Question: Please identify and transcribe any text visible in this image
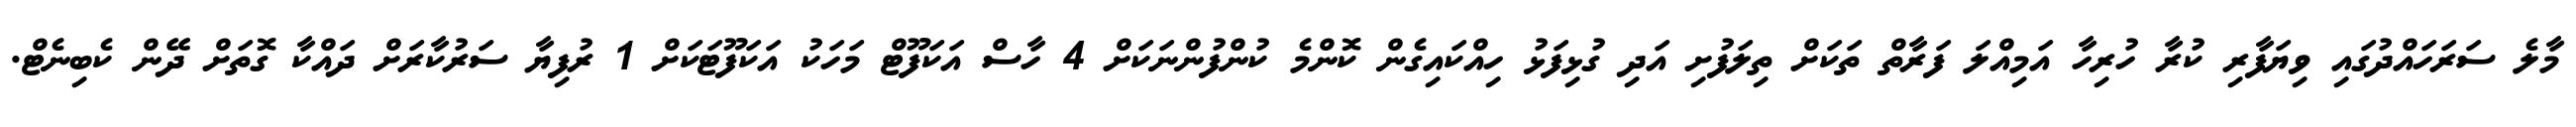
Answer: މާލެ ސަރަހައްދުގައި ވިޔަފާރި ކުރާ ހުރިހާ އަމިއްލަ ފަރާތް ތަކަށް ތިލަފުށި އަދި ގުޅިފަޅު ހިއްކައިގެން ކޮންމެ ކުންފުންނަކަށް 4 ހާސް އަކަފޫޓް މަހަކު އަކަފޫޓަކަށް 1 ރުފިޔާ ސަރުކާރަށް ދައްކާ ގޮތަށް ދޭން ކެބިނެޓް.